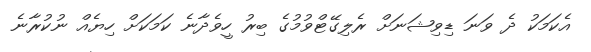
އެކަމަކު ދެ ވަނަ ޑިވިޝަނަށް ރެލިގޭޓްވުމުގެ ބިރު ހީވެދާނެ ކަމަކަށް ހިޔެއް ނުކުރާނެ